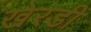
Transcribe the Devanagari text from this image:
खेरडी